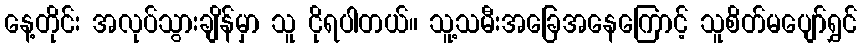
နေ့တိုင်း အလုပ်သွားချိန်မှာ သူ ငိုရပါတယ်။ သူ့သမီးအခြေအနေကြောင့် သူစိတ်မပျော်ရွှင်